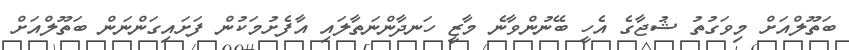
ބަތޫލްއަށް މިވަގުތު ޝުޖާގެ އެހީ ބޭނުންވާނެ މާޒީ ހަނދާންނަތާލައި އާފެށުމަކުން ފަށައިގަންނަން ބަތޫލްއަށް